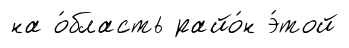
на о́бласть райо́н э́той